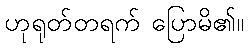
ဟုရုတ်တရက် ပြောမိ၏။